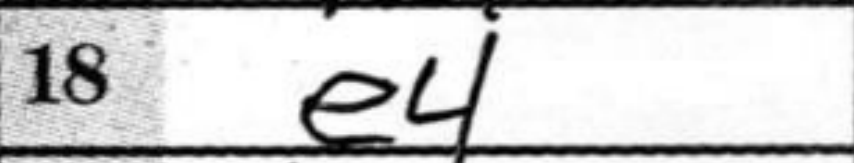
Transcription: e4